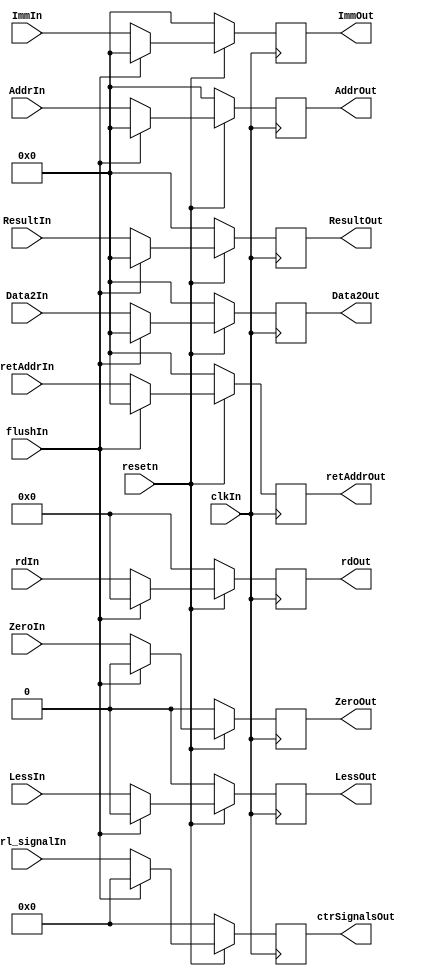
`timescale 1ns / 1ps
//////////////////////////////////////////////////////////////////////////////////
// Company: 
// Engineer: 
// 
// Design Name: 
// Module Name: EXMEMReg
// Project Name: 
// Target Devices: 
// Tool Versions: 
// Description: 
// 
// Dependencies: 
// 
// Revision:
// Revision 0.01 - File Created
// Additional Comments:
// 
//////////////////////////////////////////////////////////////////////////////////


module EXMEMReg(clkIn,resetn,flushIn,rdIn,AddrIn,retAddrIn,ImmIn,Data2In,LessIn,ZeroIn,ResultIn,Ctrl_signalIn,rdOut,AddrOut,retAddrOut,ImmOut,Data2Out,LessOut,ZeroOut,ResultOut,ctrSignalsOut);

input clkIn;
input resetn;
input flushIn;
input[4:0] rdIn;
input[31:0] AddrIn;
input[31:0] retAddrIn;
input[31:0] ImmIn;
input[31:0] Data2In;
input LessIn;
input ZeroIn;
input[31:0] ResultIn;
input[11:0] Ctrl_signalIn;
output reg [4:0] rdOut;
output reg [31:0] AddrOut;
output reg [31:0] retAddrOut;
output reg [31:0] ImmOut;
output reg [31:0] Data2Out;
output reg LessOut;
output reg ZeroOut;
output reg [31:0] ResultOut;
output reg [11:0] ctrSignalsOut;

always @(posedge clkIn) begin
   if(~resetn)begin
      rdOut<=5'b0;
      AddrOut<=32'b0;
      retAddrOut<=32'b0;
      ImmOut<=32'b0;
      Data2Out<=32'b0;
      LessOut<=0;
      ZeroOut<=0;
      ResultOut<=32'b0;
      ctrSignalsOut<=12'b0;
   end
   else if(flushIn)begin
      rdOut<=5'b0;
      AddrOut<=32'b0;
      retAddrOut<=32'b0;
      ImmOut<=32'b0;
      Data2Out<=32'b0;
      LessOut<=0;
      ZeroOut<=0;
      ResultOut<=32'b0;
      ctrSignalsOut<=12'b0;
   end 
   else begin
      rdOut<=rdIn;
      AddrOut<=AddrIn;
      retAddrOut<=retAddrIn;
      ImmOut<=ImmIn;
      Data2Out<=Data2In;
      LessOut<=LessIn;
      ZeroOut<=ZeroIn;
      ResultOut<=ResultIn;
      ctrSignalsOut<=Ctrl_signalIn;
   end
end

endmodule